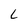
Character: L